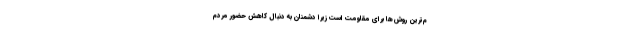
م‌ترین روش‌ها برای مقاومت است زیرا دشمنان به دنبال کاهش حضور مردم